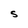
Character: S